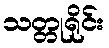
သတ္တုရိုင်း